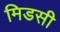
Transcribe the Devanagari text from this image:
मिडसी